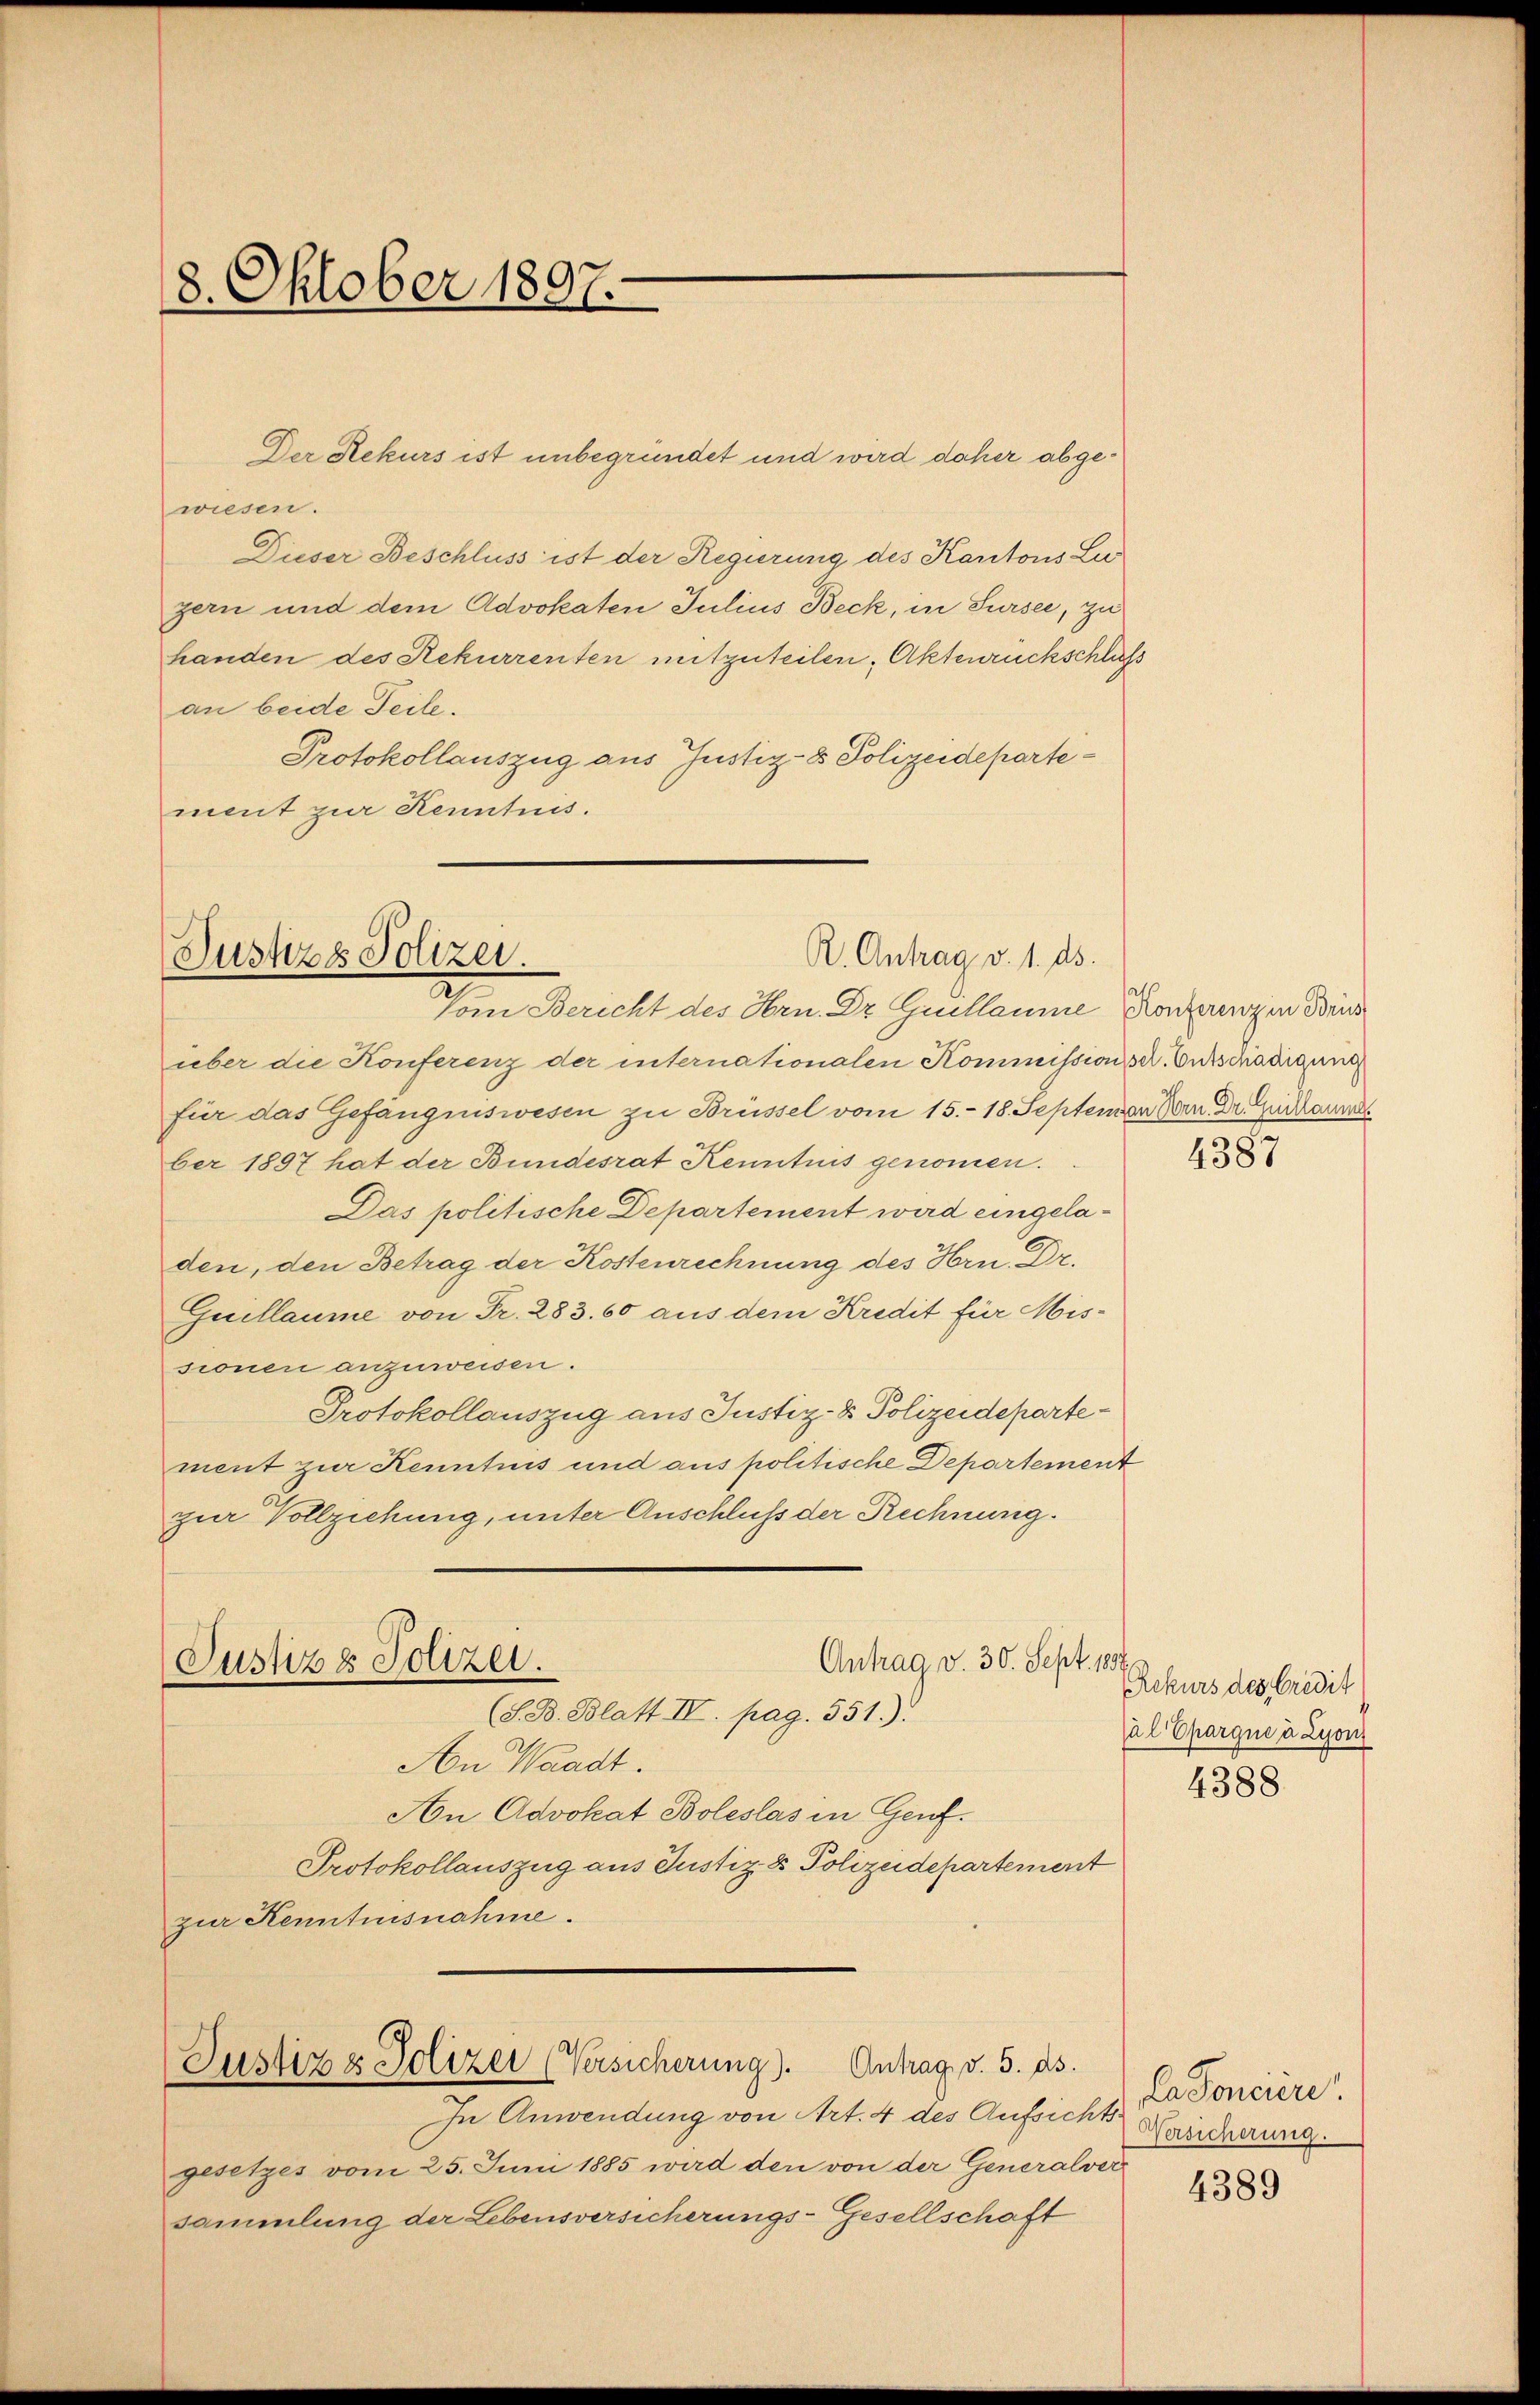
8. Oktober 1897.

Der Rekurs ist unbegründet und wird daher abgewiesen.
Dieser Beschluss ist der Regierung des Kantons Lu
gern und dem Advokaten Julius Beck, in Sursee, zu
handen des Rekurrenten mitzuteilen, Aktenrückschluß
an beide Teile.
Protokollauszug aus Justiz- & Polizeidepartement zur Kenntnis.

R. Antrag v. 1. ds.
Justizs Polizei.

über die Konferenz der internationalen Kommissionsscr. Entschädigung
für das Gefängniswesen zu Brüssel vom 15. 18. Septemon Bern Dr. Guckaum
ber 1807 hat der Bundesrat Kenntnis genommen.
Das politische Departement wird eingeladen, den Betrag der Kostenrechnung des Hrn. Dr.
Guillaume von Fr. 283. 60 aus dem Kredit für Missionen anzuweisen.
Protokollauszug aus Justiz- & Polizeidepartement zur Kenntnis und aus politische Departement
zur Vollziehung, unter Anschluß der Rechnung.

Antrag v. 30. Sept. 1886.
Justiz & Polizei.
(S. B. Blatt IV. pag. 551.).

Justiz & Polizei (Versicherung). Antrag v. 5. ds.

Vom Bericht des Hrn. Dr. Guillaume Konzenz in Brus

An Waadt.
An Advokat Boleslas in Genf.
Protokollauszug aus Justiz & Polizeidepartement
zur Kenntnisnahme.

In Anwendung von Art. 4 des Aufsichts-
gesetzes vom 25. Juni 1885 wird den von der Generalversammlung der Lebensversicherungs-Gesellschaft

4387

Rekurs des Credit
al Epargne à Lyon

4388

CaSonciere.
Versicherung.

4389